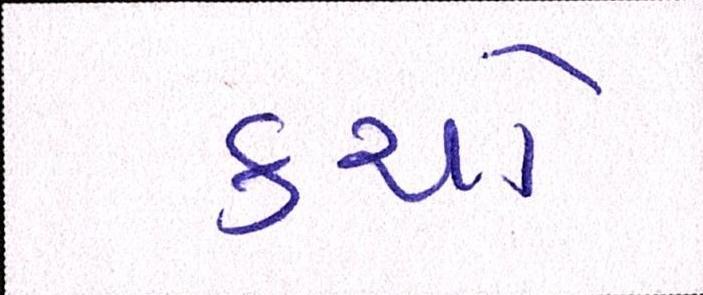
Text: કયો